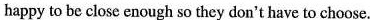
happy to be close enough so they don't have to choose.